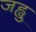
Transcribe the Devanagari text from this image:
जह्वु